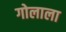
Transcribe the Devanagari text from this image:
गोलाला